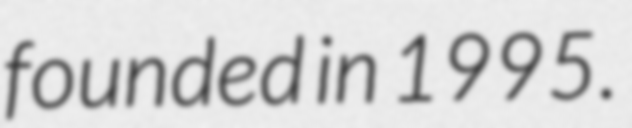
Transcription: founded in 1995.